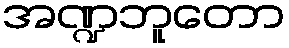
အဏ္ဍဘူတော